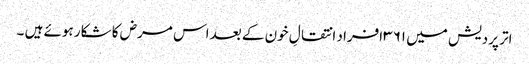
اتر پردیش میں ۳۶۱ افراد انتقالِ خون کے بعد اس مرض کا شکار ہوئے ہیں ۔